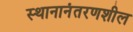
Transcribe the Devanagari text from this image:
स्थानानंतरणशील